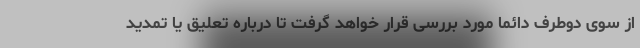
از سوی دوطرف دائما مورد بررسی قرار خواهد گرفت تا درباره تعلیق یا تمدید